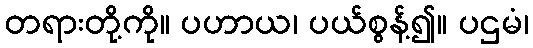
တရားတို့ကို။ ပဟာယ၊ ပယ်စွန့်၍။ ပဌမံ၊